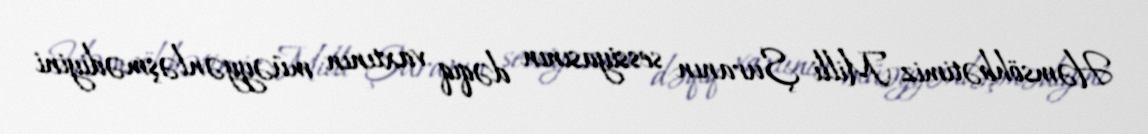
Həmsöhbətimiz Milli Şuranın sessiyasının dəqiq vaxtının müəyyənləşmədiyini